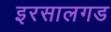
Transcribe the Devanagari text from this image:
इरसालगड